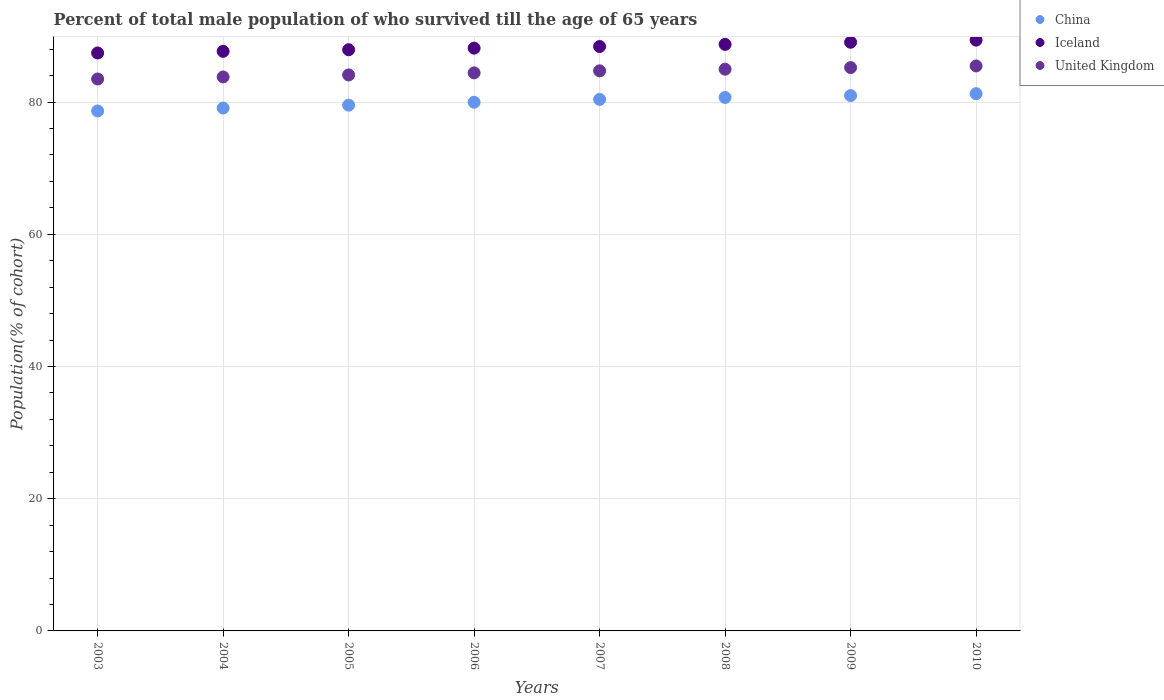
| Years | China | Iceland | United Kingdom |
 | --- | --- | --- | --- |
 | 2003 | 78.7 | 87.4 | 83.5 |
 | 2004 | 79.1 | 87.7 | 83.8 |
 | 2005 | 79.5 | 87.9 | 84.1 |
 | 2006 | 80 | 88.2 | 84.4 |
 | 2007 | 80.4 | 88.4 | 84.7 |
 | 2008 | 80.7 | 88.7 | 85 |
 | 2009 | 81 | 89.1 | 85.2 |
 | 2010 | 81.3 | 89.4 | 85.5 |